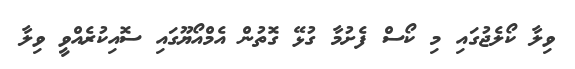
ވިލާ ކޯލެޖުގައި މި ކޯސް ފެށުމާ ގުޅޭ ގޮތުން އެމްއޯޔޫގައި ސޮއިކުރެއްވީ ވިލާ